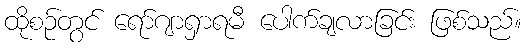
ထိုစဉ်တွင် ရော်ဂျာရှာရမီ ပေါက်ချလာခြင်း ဖြစ်သည်။